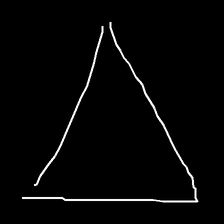
Glyph: convergence